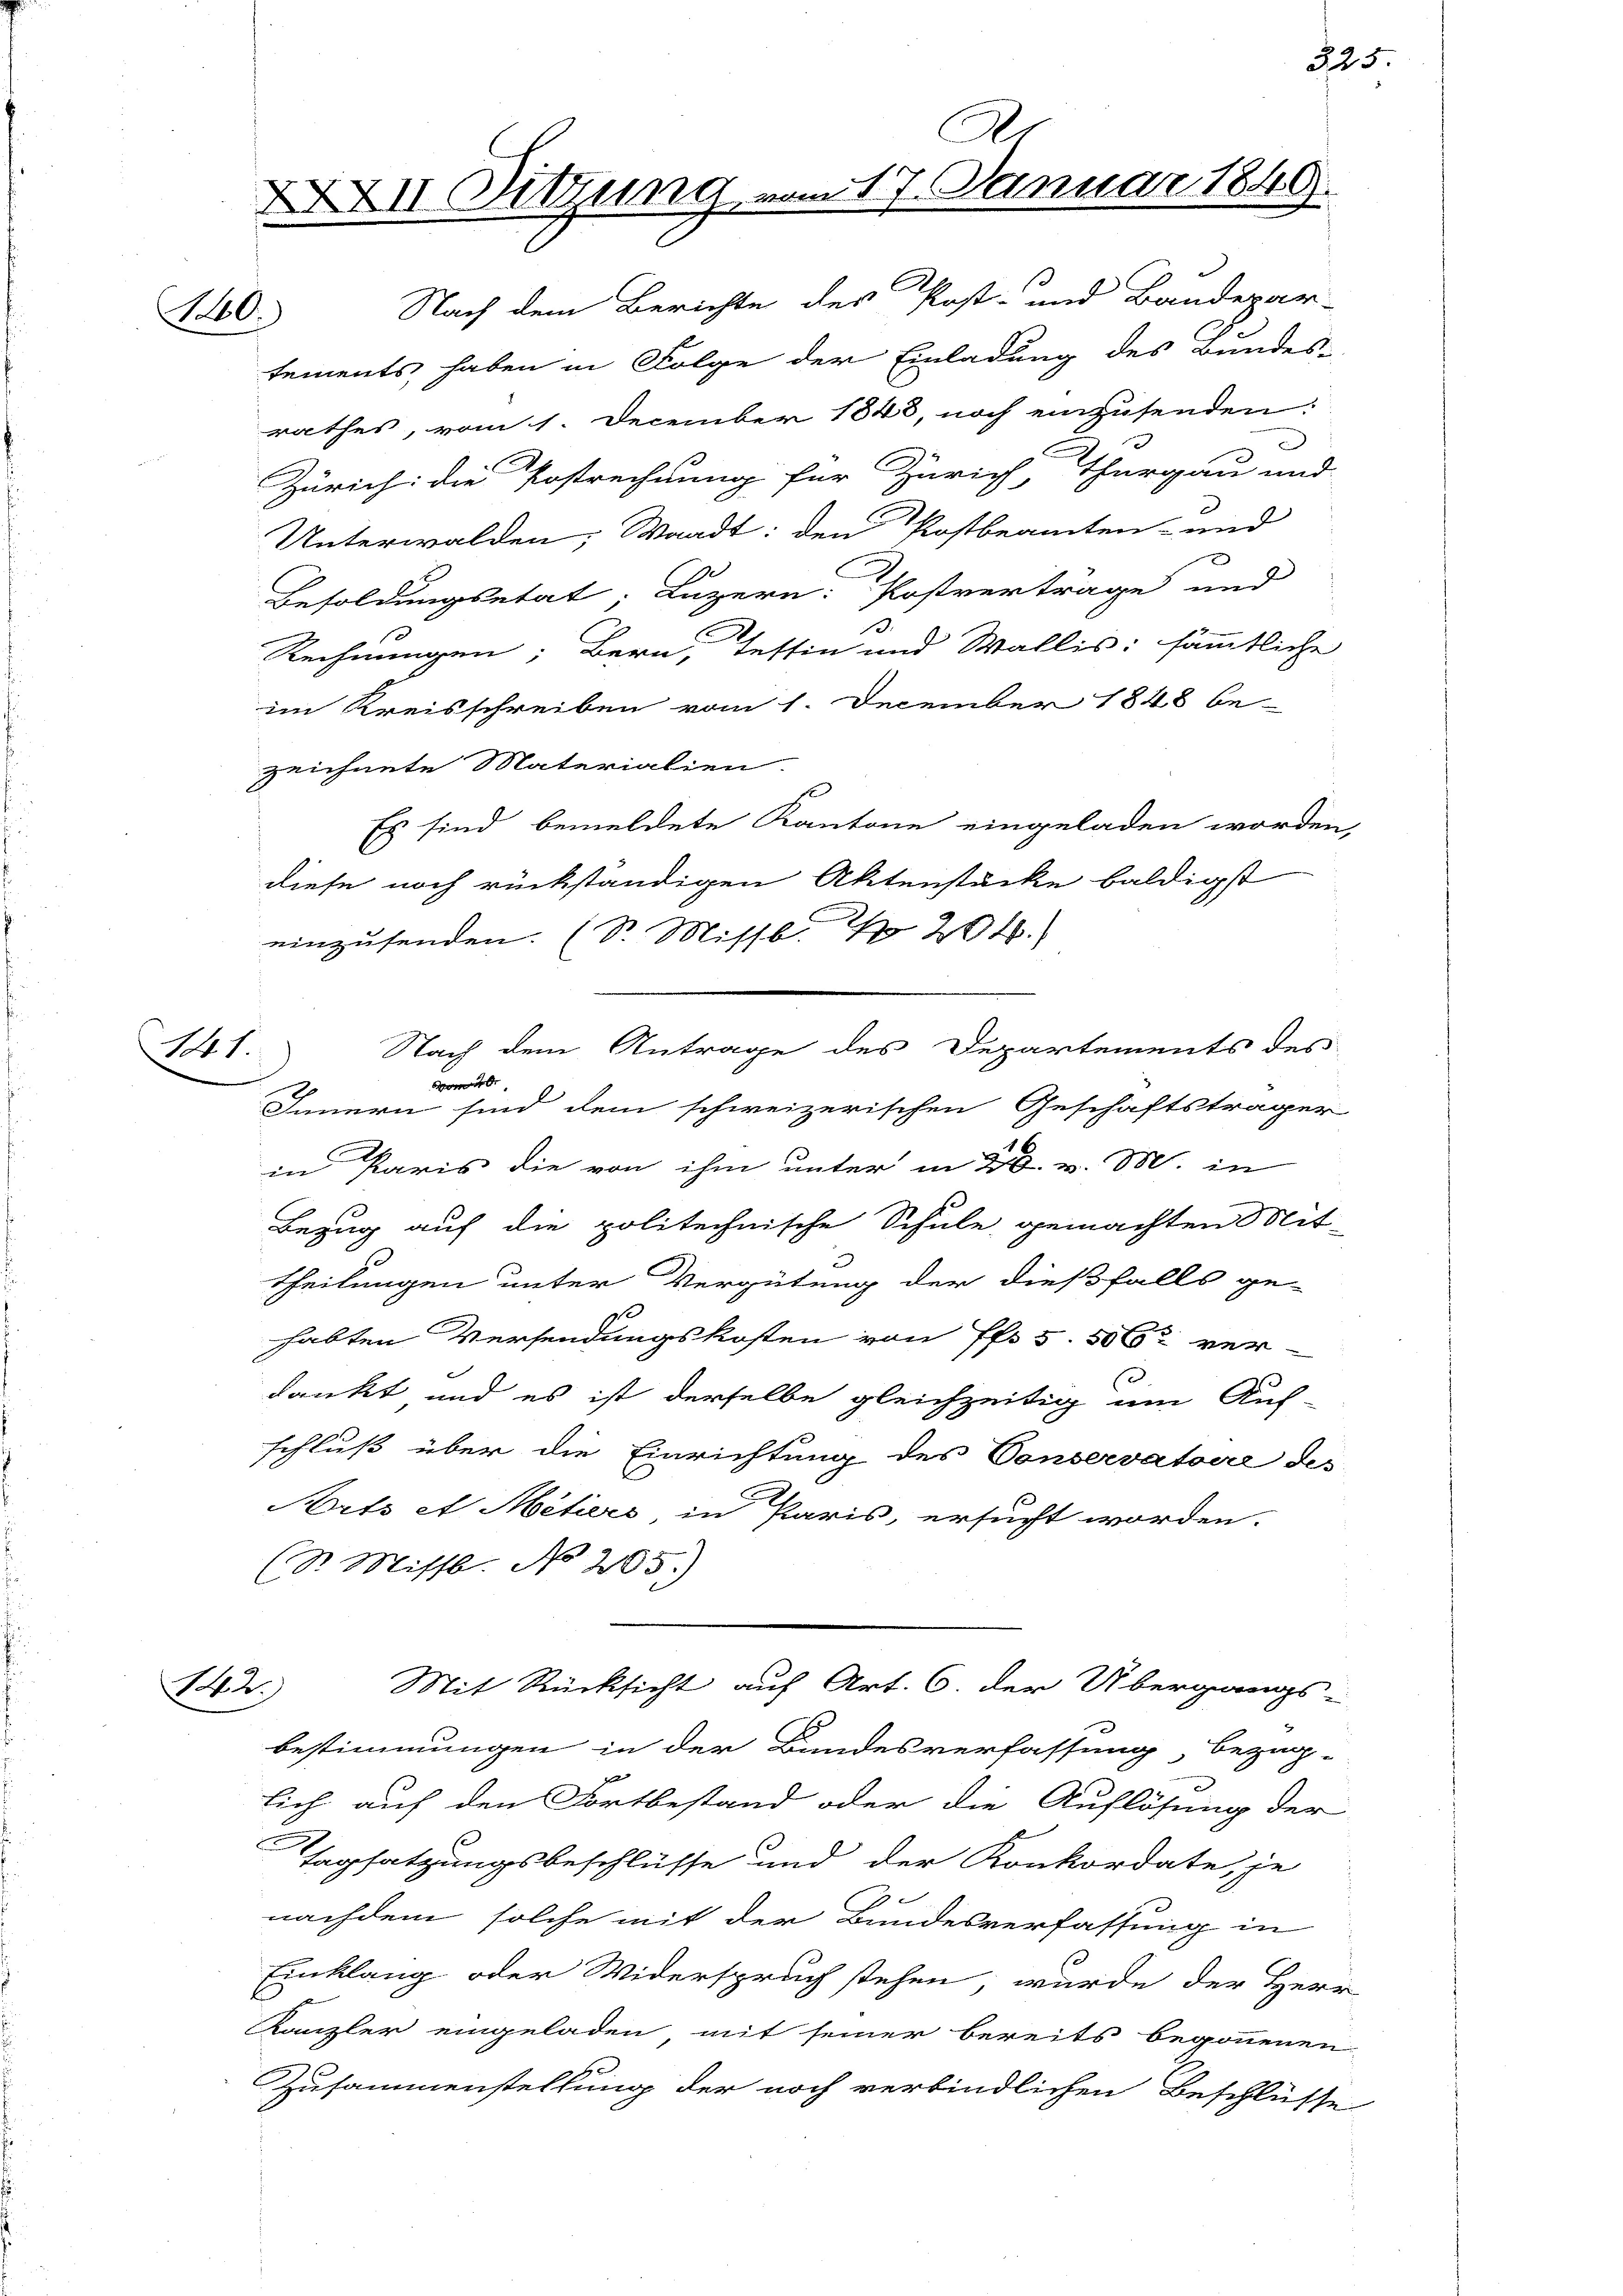
10.

11.

A
XXII. Sitzung vom 17. Januar 1849.

Nach dem Berichte des Post- und Bandepar-
tements haben in Folge der Einladung des Bundes-
rathes, vom 1. December 1848, noch einzusenden:
.
Zürich: die Postrechnung für Zürich, Thurgau und
Unterwalden; Waadt: den Postbeamten- und
e
C
Besoldungsetat; Luzern: Postverträge und
Rechnungen; Bern, Tessin und Wallis: sämmtliche
im Kreisschreiben vom 1. December 1848 be-
zeichnete Materialien.
Es sind bemeldete Kantone eingeladen worden
diese noch rückständigen Aktenstücke baldigst
einzusenden. (S. Missb. I 204.)
4
Innern sind dem schweizerischen Geschäftsträger
1
in Paris die von ihm unter in 20. v. M. in
Bezug auf die politechnische Schule gemachten Mit-
Theilungen unter Vergütung der dießfalls ge-
habten Versendungskosten von Pfr. 5. 506 ver-
dankt und es ist derselbe gleichzeitig um Auf-
schluß über die Einrichtung des Conservatoire des
Arts et Meters in Paris, ersucht worden.
(St. Missb. No 205.)
Mit Rücksicht auf Art. 6. der Übergangs-
142.
bestimmungen in der Bandesverfassung, bezüg-
lich auf den Fortbestand oder die Auflösung der
Tagsatzungsbeschlüsse und der Konkordate, je
2
nachdem solche mit der Bundesverfassung in
Einklang oder Widerspruch stehen, wurde der Her-
Kanzler eingeladen mit seiner bereits begonnenen
Zusammenstellung der noch verbindlichen Beschlüsse

Nach dem Antrage des Departements des

325.